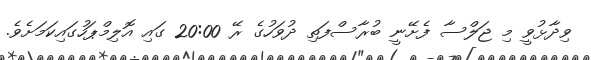
ވިދާޅުވީ މި ޖަލްސާ ފެށޭނީ ބުރާސްފަތި ދުވަހުގެ ރޭ 20:00 ގައި އޮލިމްޕަހުގައިކަމަށެވެ.